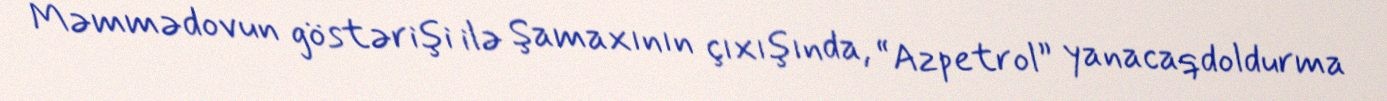
Məmmədovun göstərişi ilə Şamaxının çıxışında, “Azpetrol” yanacaqdoldurma